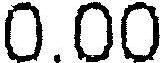
0.00